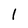
Character: l